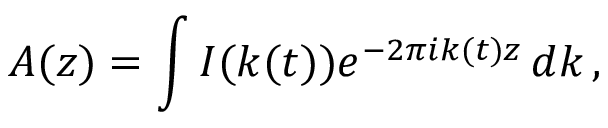
A ( z ) = \int I ( k ( t ) ) e ^ { - 2 \pi i k ( t ) z } \, d k \, ,